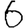
Digit: 6